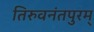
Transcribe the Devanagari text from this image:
तिरुवनंतपुरम्‌